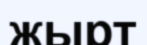
жырт